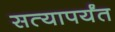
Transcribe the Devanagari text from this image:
सत्यापर्यंत